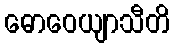
ဓောဝေယျာသီတိ